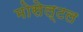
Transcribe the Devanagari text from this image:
मोसेल्टल